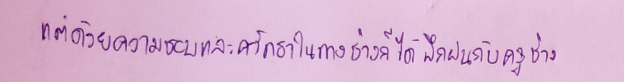
แต่ด้วยความชอบและศรัทธาในทางช่างก็ได้ฝึกฝนกับครูช่าง